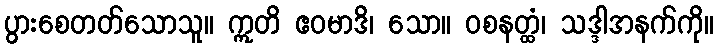
ပွားစေတတ်သောသူ။ ဣတိ ဧဝမာဒိ၊ သော။ ဝစနတ္ထံ၊ သဒ္ဒါအနက်ကို။